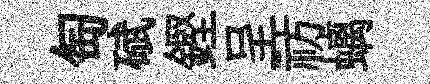
匋碔鏗呈祊螭